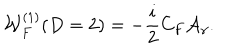
{ \cal W } _ { F } ^ { ( 1 ) } ( D = 2 ) = - \frac { i } { 2 } C _ { F } { \cal A } _ { \gamma } .